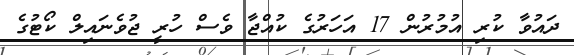
ދައުވާ ކުރި އުމުރުން 17 އަހަރުގެ ކުއްޖާ ވެސް ހުރީ ޖުވެނައިލް ކޯޓުގެ